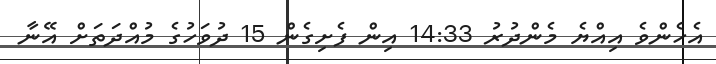
އެހެންވެ އިއްޔެ މެންދުރު 14:33 އިން ފެށިގެން 15 ދުވަހުގެ މުއްދަތަށް އޭނާ